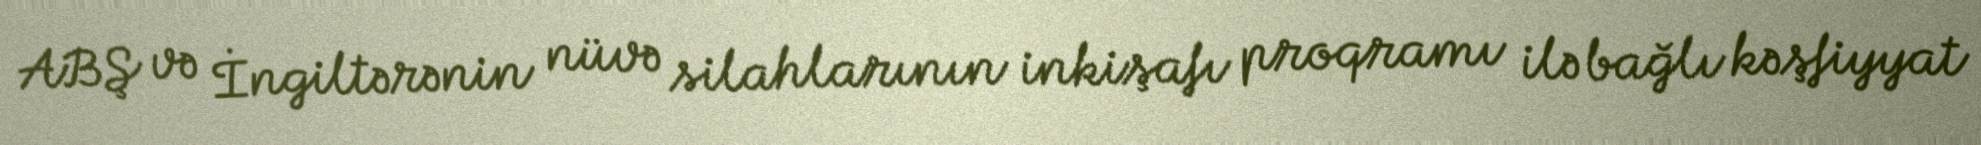
ABŞ və İngiltərənin nüvə silahlarının inkişafı proqramı ilə bağlı kəşfiyyat